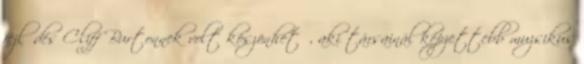
fejlődés Cliff Burtonnek volt köszönhető, aki társainál képzettebb muzsikus